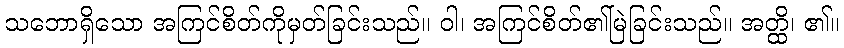
သဘောရှိသော အကြင်စိတ်ကိုမှတ်ခြင်းသည်။ ဝါ၊ အကြင်စိတ်၏မြဲခြင်းသည်။ အတ္ထိ၊ ၏။